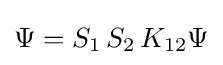
\Psi =S_{1}\,S_{2}\,K_{12}\Psi